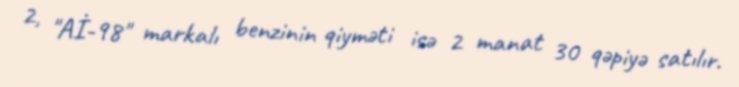
2, "Aİ-98" markalı benzinin qiyməti isə 2 manat 30 qəpiyə satılır.